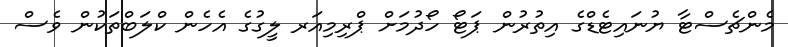
މެންޗެސްޓާ ޔުނައިޓެޑްގެ އިތުރުން ޕަޓޯ ހޯދުމަށް ޕްރިމިއަރ ލީގުގެ އެހެން ކްލަބްތަކުން ވެސް